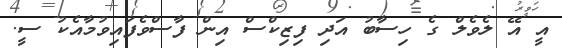
އީ އޭ ލެވެލް ގެ ހިސާބު އަދި ފިޒިކްސް އިން ފާސްވެފައިވުމާއެކު ސީ.